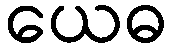
ယေဓ